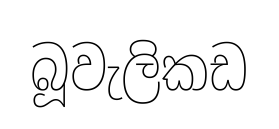
බූවැලිකඩ